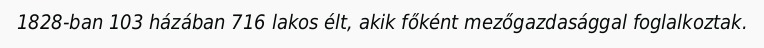
1828-ban 103 házában 716 lakos élt, akik főként mezőgazdasággal foglalkoztak.